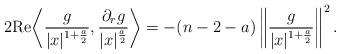
LaTeX: \begin{align*}2{\rm Re}\bigg\langle\frac{g}{|x|^{1+\frac{a}{2}}}, \frac{\partial_rg}{|x|^{\frac{a}{2}}}\bigg\rangle=-(n-2-a)\left\|\frac{g}{|x|^{1+\frac{a}{2}}}\right\|^2.\end{align*}